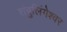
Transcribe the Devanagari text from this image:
शंबुलिंगेश्वर